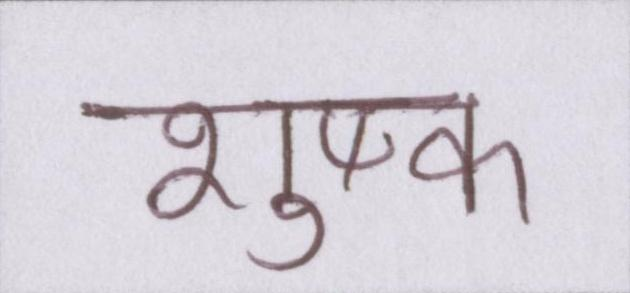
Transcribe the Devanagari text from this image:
शुष्क